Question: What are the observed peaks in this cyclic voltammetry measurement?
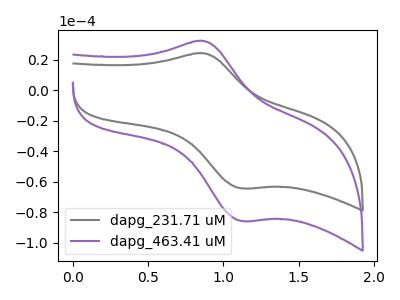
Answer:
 <answer>The gray curve "dapg_231.71 uM" has an anodic peak at (0.85V, 24.15uA) and a cathodic peak at (1.10V, -64.35uA). The purple curve "dapg_463.41 uM" has an anodic peak at (0.85V, 32.20uA) and a cathodic peak at (1.10V, -85.75uA).</answer>
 <eval></eval>